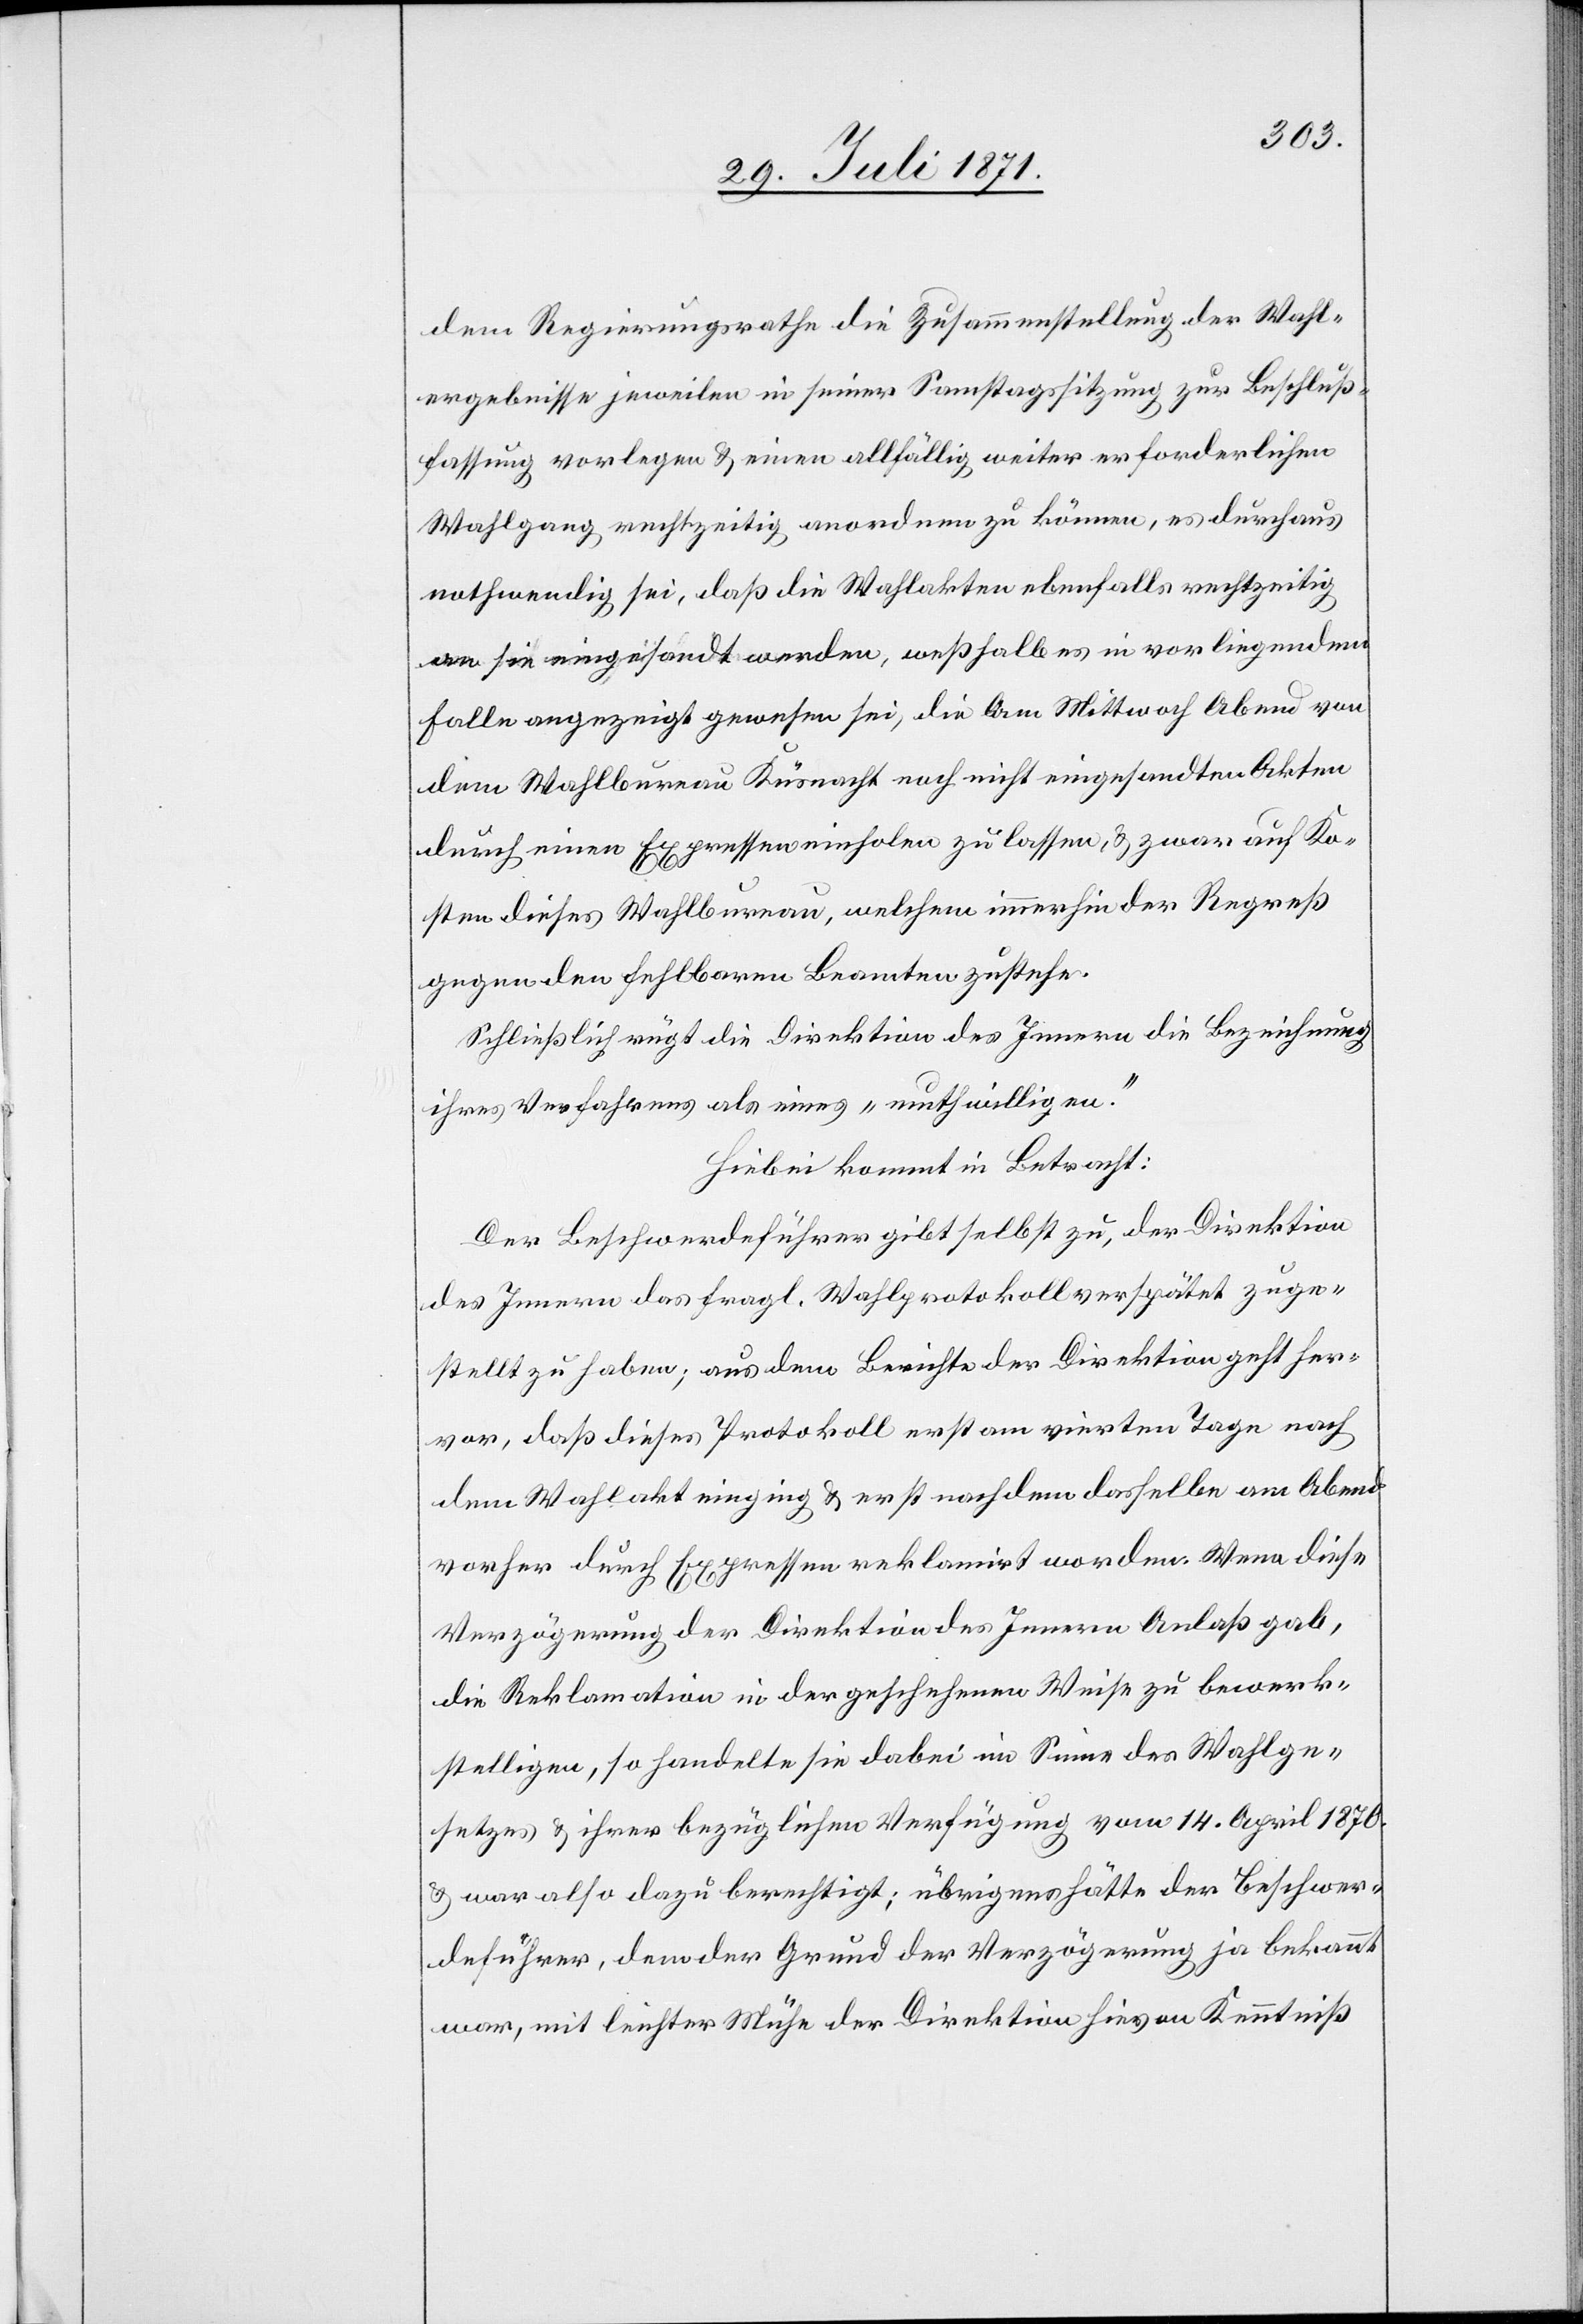
dem Regierungsrathe die Zusammenstellung der Wahl¬
ergebnisse jeweilen in seiner Samstagssitzung zur Beschluß¬
fassung vorlegen u. einen allfällig weiter erforderlichen
Wahlgang rechtzeitig anordnen zu können, es durchaus
nothwendig sei, daß die Wahlakten ebenfalls rechtzeitig
an sie eingesandt werden, weßhalb es in vorliegendem
Falle angezeigt gewesen sei, die am Mittwoch Abend von
dem Wahlbureau Küsnacht noch nicht eingesandten Akten
durch einen Expressen einholen zu lassen, u. zwar auf Ko¬
sten dieses Wahlbureau, welchem immerhin der Regreß
gegen den fehlbaren Beamten zustehe.
Schließlich rügt die Direktion des Innern die Bezeichnung
ihres Verfahrens als eines „muthwilligen“.
Hiebei kommt in Betracht:
Der Beschwerdeführer gibt selbst zu, der Direktion
des Innern das fragl. Wahlprotokoll verspätet zuge¬
stellt zu haben; aus dem Berichte der Direktion geht her¬
vor, daß dieses Protokoll erst am vierten Tage nach
dem Wahlakt einging u. erst nach dem dasselbe am Abend
vorher durch Expressen reklamirt worden. Wenn diese
Verzögerung der Direktion des Innern Anlaß gab,
die Reklamation in der geschehenen Weise zu bewerk¬
stelligen, so handelt sie dabei im Sinne des Wahlge¬
setzes u. ihrer bezüglichen Verfügung vom 14. April 1870.
u. war also dazu berechtigt; übrigens hätte der Beschwer¬
deführer, dem der Grund der Verzögerung ja bekannt
war, mit leichter Mühe der Direktion hievon Kenntniß